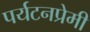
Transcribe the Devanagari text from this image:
पर्यटनप्रेमी